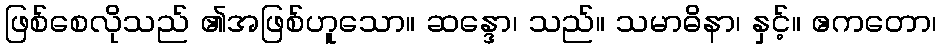
ဖြစ်စေလိုသည် ၏အဖြစ်ဟူသော။ ဆန္ဒော၊ သည်။ သမာဓိနာ၊ နှင့်။ ဧကတော၊